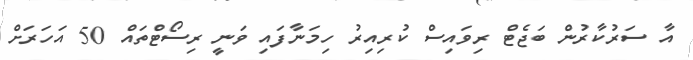
އާ ސަރުކާރުން ބަޖެޓް ރިވައިސް ކުރިއިރު ހިމަނާފައި ވަނީ ރިސޯޓްތައް 50 އަހަރަށް